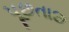
પૂછતાછ